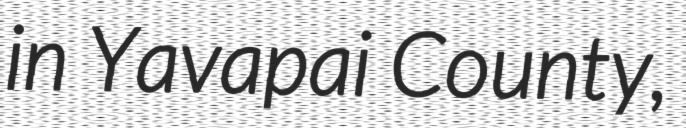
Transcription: in Yavapai County,